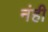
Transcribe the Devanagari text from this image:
नंही